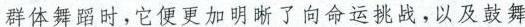
群体舞蹈时，它便更加明晰了向命运挑战，以及鼓舞